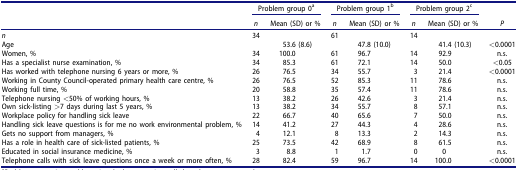
<table><thead><tr><td></td><td colspan="2"><b>Problem group 0<sup>a</sup></b></td><td colspan="2"><b>Problem group 1<sup>b</sup></b></td><td colspan="2"><b>Problem group 2<sup>c</sup></b></td><td></td></tr><tr><td></td><td><b><i>n</i></b></td><td><b>Mean (SD) or %</b></td><td><b><i>n</i></b></td><td><b>Mean (SD) or %</b></td><td><b><i>n</i></b></td><td><b>Mean (SD) or %</b></td><td><b><i>P</i></b></td></tr></thead><tbody><tr><td><i>n</i></td><td>34</td><td></td><td>61</td><td></td><td>14</td><td></td><td></td></tr><tr><td>Age</td><td></td><td>53.6 (8.6)</td><td></td><td>47.8 (10.0)</td><td></td><td>41.4 (10.3)</td><td>&lt;0.0001</td></tr><tr><td>Women, %</td><td>34</td><td>100.0</td><td>61</td><td>96.7</td><td>14</td><td>92.9</td><td>n.s.</td></tr><tr><td>Has a specialist nurse examination, %</td><td>34</td><td>85.3</td><td>61</td><td>72.1</td><td>14</td><td>50.0</td><td>&lt;0.05</td></tr><tr><td>Has worked with telephone nursing 6 years or more, %</td><td>26</td><td>76.5</td><td>34</td><td>55.7</td><td>3</td><td>21.4</td><td>&lt;0.0001</td></tr><tr><td>Working in County Council-operated primary health care centre, %</td><td>26</td><td>76.5</td><td>52</td><td>85.3</td><td>11</td><td>78.6</td><td>n.s.</td></tr><tr><td>Working full time, %</td><td>20</td><td>58.8</td><td>35</td><td>57.4</td><td>11</td><td>78.6</td><td>n.s.</td></tr><tr><td>Telephone nursing &lt;50% of working hours, %</td><td>13</td><td>38.2</td><td>26</td><td>42.6</td><td>3</td><td>21.4</td><td>n.s.</td></tr><tr><td>Own sick-listing &gt;7 days during last 5 years, %</td><td>13</td><td>38.2</td><td>34</td><td>55.7</td><td>8</td><td>57.1</td><td>n.s.</td></tr><tr><td>Workplace policy for handling sick leave</td><td>22</td><td>66.7</td><td>40</td><td>65.6</td><td>7</td><td>50.0</td><td>n.s.</td></tr><tr><td>Handling sick leave questions is for me no work environmental problem, %</td><td>14</td><td>41.2</td><td>27</td><td>44.3</td><td>4</td><td>28.6</td><td>n.s.</td></tr><tr><td>Gets no support from managers, %</td><td>4</td><td>12.1</td><td>8</td><td>13.3</td><td>2</td><td>14.3</td><td>n.s.</td></tr><tr><td>Has a role in health care of sick-listed patients, %</td><td>25</td><td>73.5</td><td>42</td><td>68.9</td><td>8</td><td>61.5</td><td>n.s.</td></tr><tr><td>Educated in social insurance medicine, %</td><td>3</td><td>8.8</td><td>1</td><td>1.7</td><td>0</td><td>0</td><td>n.s.</td></tr><tr><td>Telephone calls with sick leave questions once a week or more often, %</td><td>28</td><td>82.4</td><td>59</td><td>96.7</td><td>14</td><td>100.0</td><td>&lt;0.0001</td></tr></tbody></table>